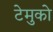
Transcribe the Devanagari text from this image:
टेमुको